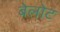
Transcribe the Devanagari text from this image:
बेलोट